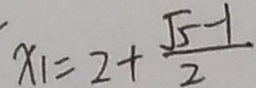
x _ { 1 } = 2 + \frac { \sqrt { 5 } - 1 } { 2 }